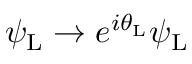
\psi _ { \mathrm { { L } } } \rightarrow e ^ { i \theta _ { \mathrm { { L } } } } \psi _ { \mathrm { { L } } }